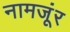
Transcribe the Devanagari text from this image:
नामजूंर